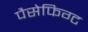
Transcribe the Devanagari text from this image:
पैसेफिग्ट